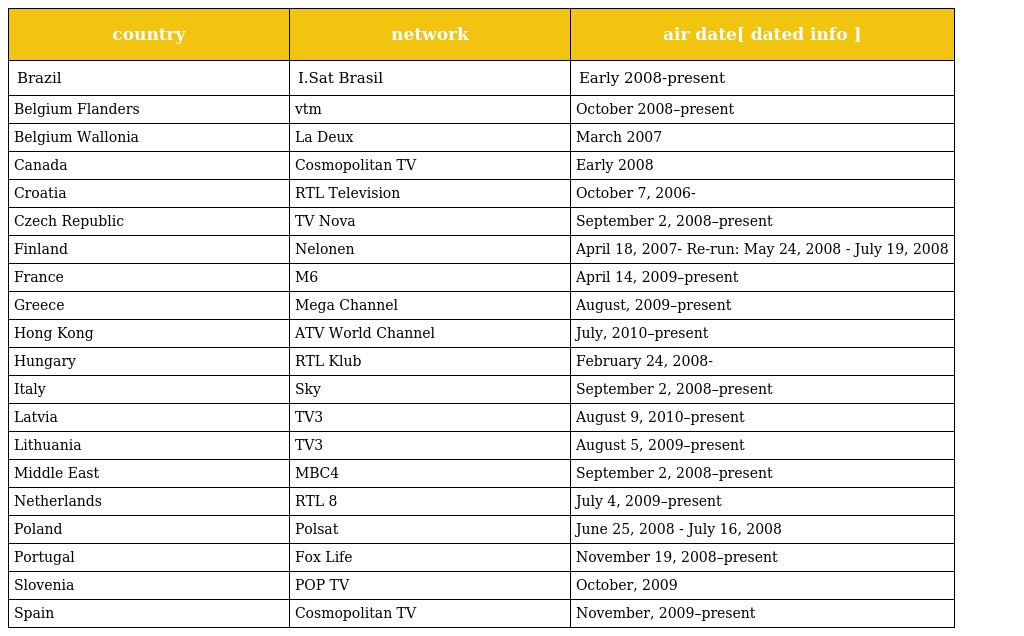
| country | network | air date[ dated info ] |
 | --- | --- | --- |
 | Brazil | I.Sat Brasil | Early 2008-present |
 | Belgium Flanders | vtm | October 2008–present |
 | Belgium Wallonia | La Deux | March 2007 |
 | Canada | Cosmopolitan TV | Early 2008 |
 | Croatia | RTL Television | October 7, 2006- |
 | Czech Republic | TV Nova | September 2, 2008–present |
 | Finland | Nelonen | April 18, 2007- Re-run: May 24, 2008 - July 19, 2008 |
 | France | M6 | April 14, 2009–present |
 | Greece | Mega Channel | August, 2009–present |
 | Hong Kong | ATV World Channel | July, 2010–present |
 | Hungary | RTL Klub | February 24, 2008- |
 | Italy | Sky | September 2, 2008–present |
 | Latvia | TV3 | August 9, 2010–present |
 | Lithuania | TV3 | August 5, 2009–present |
 | Middle East | MBC4 | September 2, 2008–present |
 | Netherlands | RTL 8 | July 4, 2009–present |
 | Poland | Polsat | June 25, 2008 - July 16, 2008 |
 | Portugal | Fox Life | November 19, 2008–present |
 | Slovenia | POP TV | October, 2009 |
 | Spain | Cosmopolitan TV | November, 2009–present |